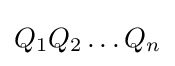
Q_{1}Q_{2}\dots Q_{n}